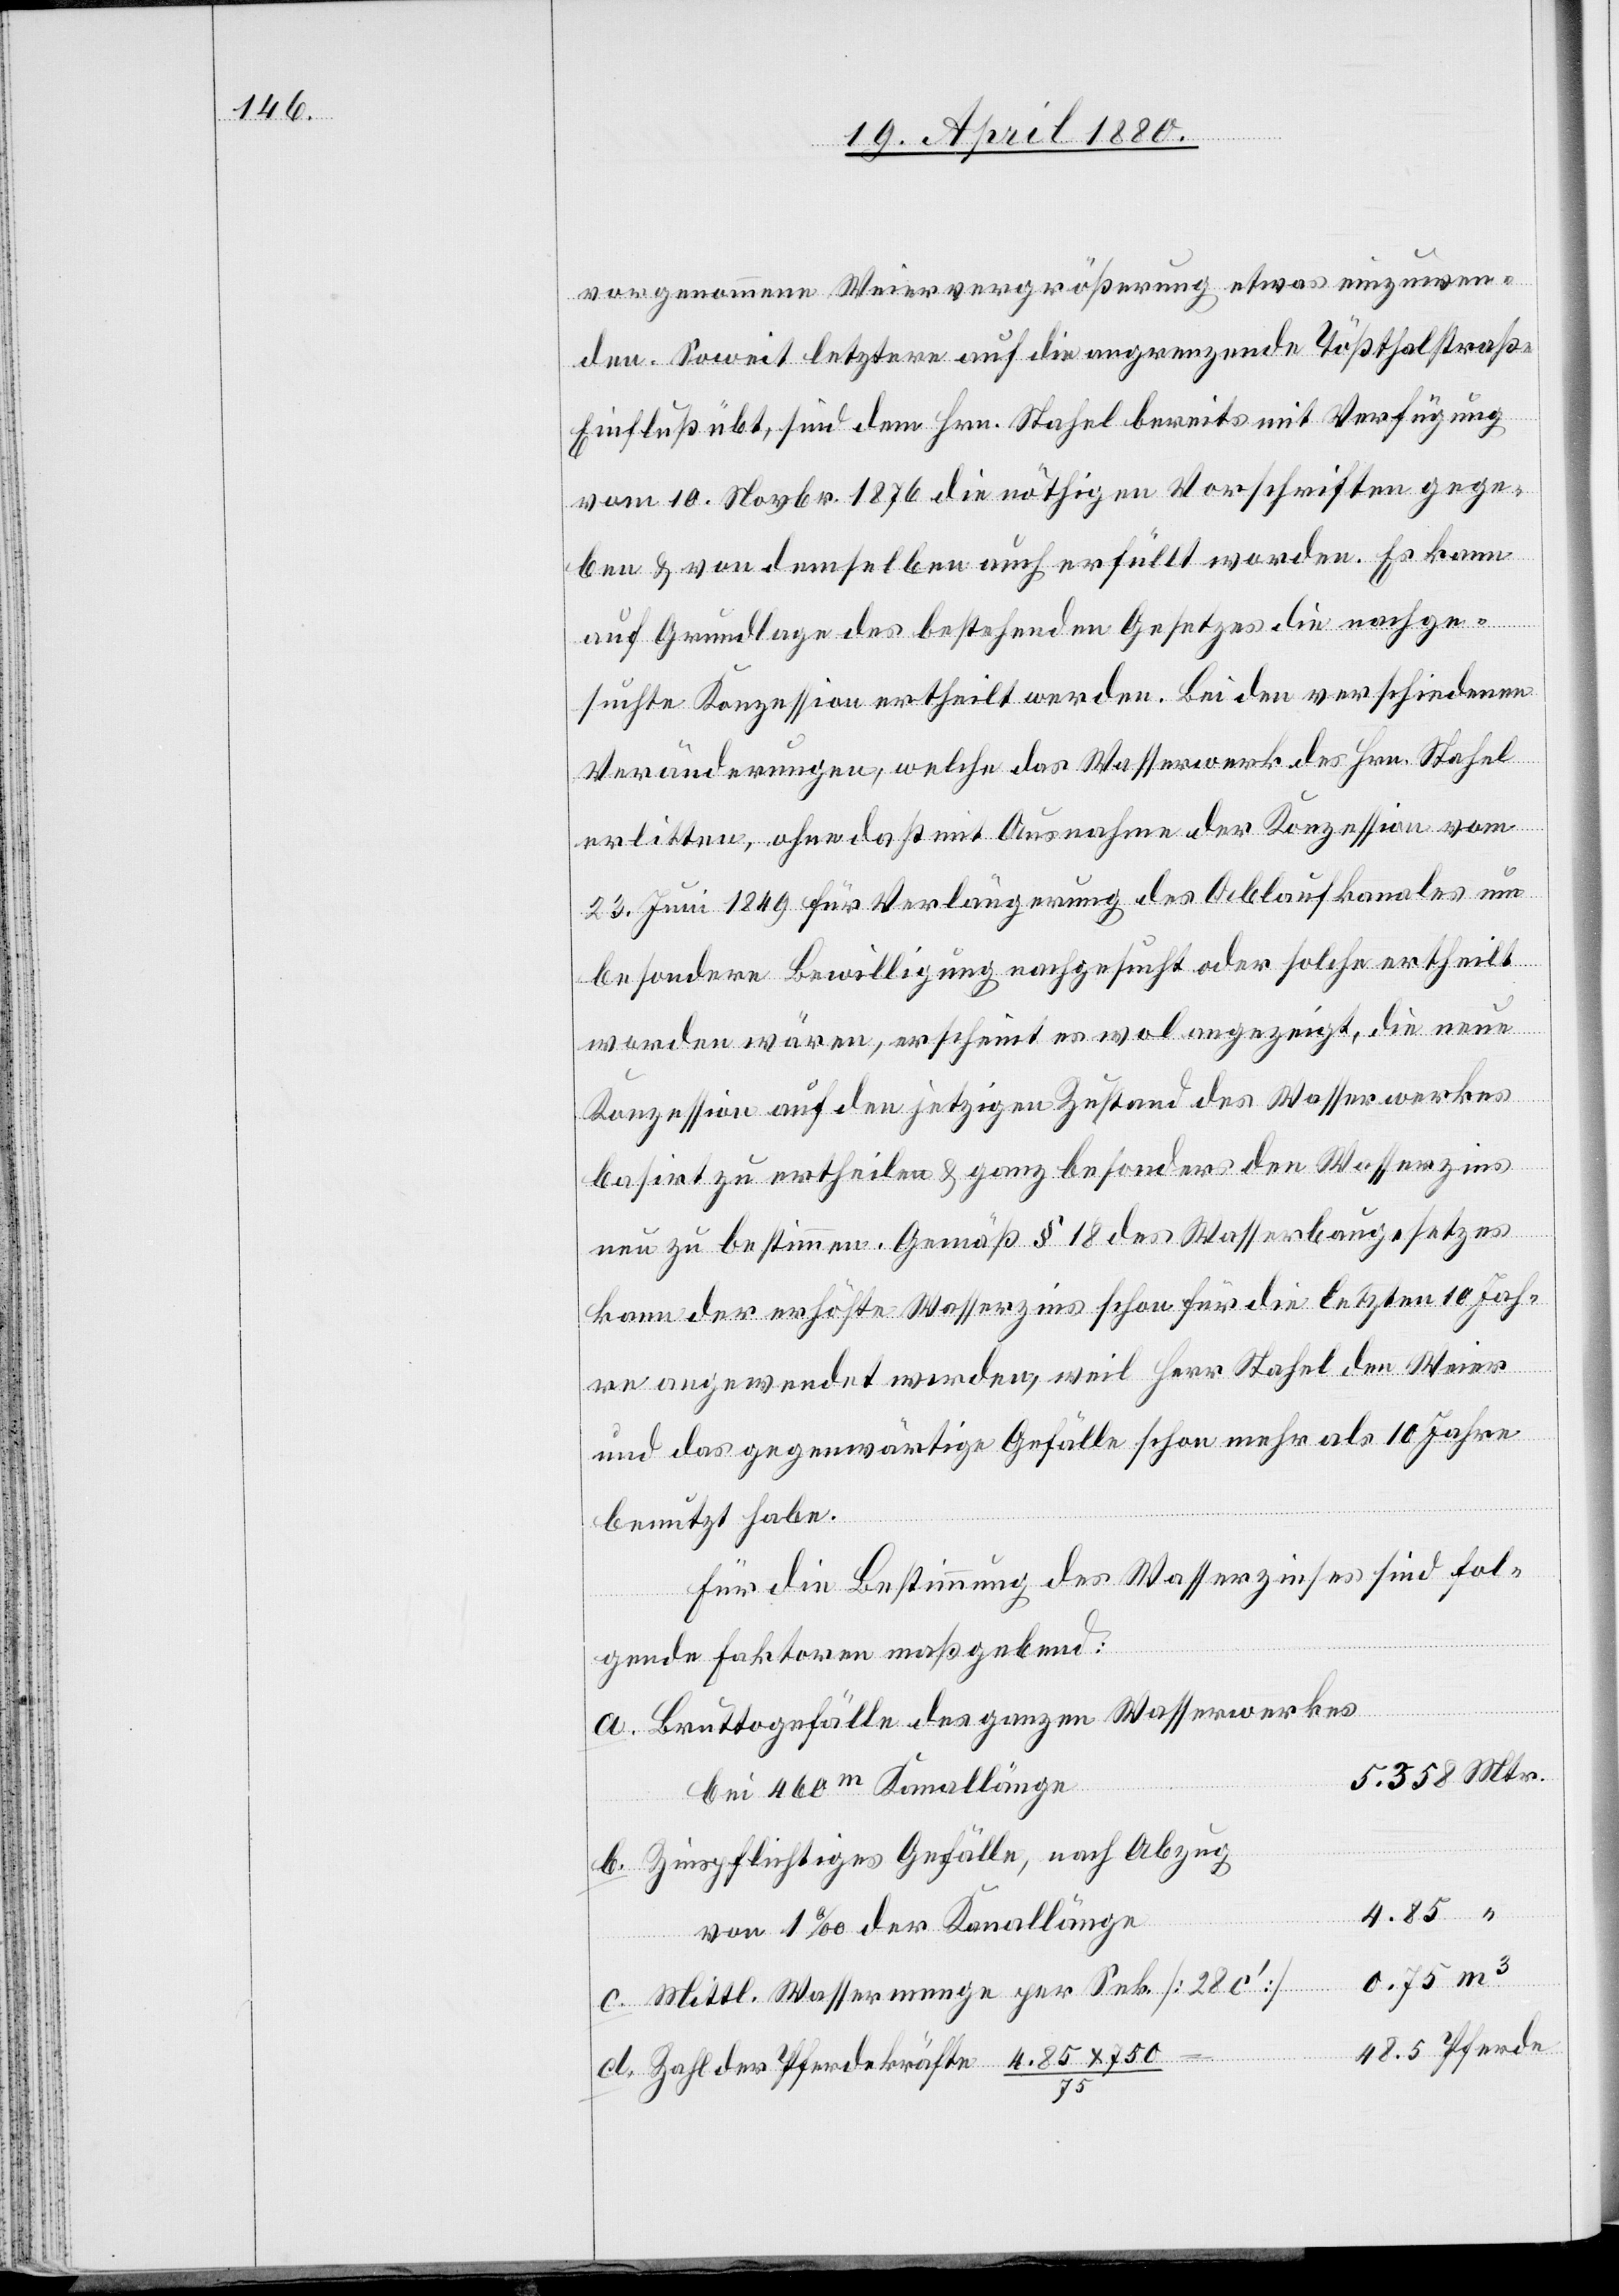
vorgenommene Weiervergrößerung etwas einzuwen¬
den. Soweit letztere auf die angrenzende Tößthalstraße
Einfluß übt, sind dem Hrn. Stahel bereits mit Verfügung
vom 10. Novbr. 1876 die nöthigen Vorschriften gege¬
ben & von demselben auch erfüllt worden. Es kann
auf Grundlage des bestehenden Gesetzes die nachge¬
suchte Konzession ertheilt werden. Bei den verschiedenen
Veränderungen, welche das Wasserwerk des Hrn. Stahel
erlitten, ohne daß mit Ausnahme der Konzession vom
23. Juni 1849 für Verlängerung des Ablaufkanales um
besondere Bewilligung nachgesucht oder solche ertheilt
worden wären, erscheint es wol angezeigt, die neue
Konzession auf den jetzigen Zustand des Wasserwerkes
basirt zu ertheilen & ganz besonders den Wasserzins
neu zu bestimmen. Gemäß § 18 des Wasserbaugesetzes
kann der erhöhte Wasserzins schon für die letzten 10 Jah¬
re angewendet werden, weil Herr Stahel den Weier
und das gegenwärtige Gefälle schon mehr als 10 Jahre
benutzt hat.
Für die Bestimmung des Wasserzinses sind fol¬
gende Faktoren maßgebend:
Bruttogefälle des ganzen Wasserwerkes
bei 460m Kanallänge
Zinspflichtiges Gefälle, nach Abzug
von 1‰ der Kanallänge
Mittl. Wassermenge per Sek. [28c‘]
Zahl der Pferdekräfte4.85 x 750/75